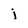
Character: j